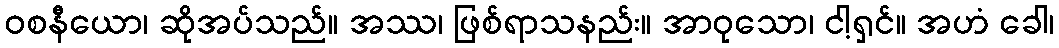
ဝစနီယော၊ ဆိုအပ်သည်။ အဿ၊ ဖြစ်ရာသနည်း။ အာဝုသော၊ ငါ့ရှင်။ အဟံ ခေါ၊